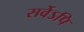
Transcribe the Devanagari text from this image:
सर्वेऽपि